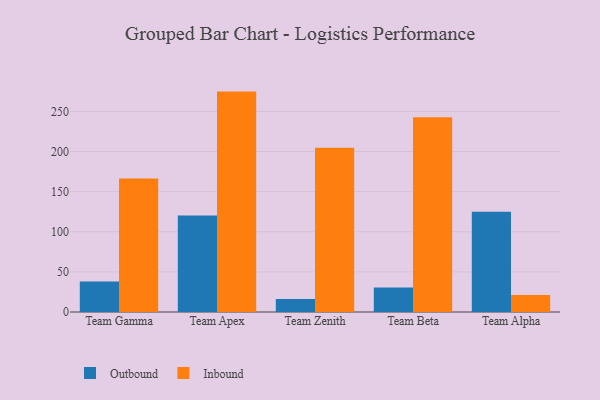
{"axis": {"x": "Team", "y": "Backlog"}, "legend": ["Inbound", "Outbound"], "data": [{"x": "Team Gamma", "y": 38.0, "type": "Outbound"}, {"x": "Team Gamma", "y": 166.3, "type": "Inbound"}, {"x": "Team Apex", "y": 120.3, "type": "Outbound"}, {"x": "Team Apex", "y": 274.7, "type": "Inbound"}, {"x": "Team Zenith", "y": 16.1, "type": "Outbound"}, {"x": "Team Zenith", "y": 204.8, "type": "Inbound"}, {"x": "Team Beta", "y": 30.4, "type": "Outbound"}, {"x": "Team Beta", "y": 242.8, "type": "Inbound"}, {"x": "Team Alpha", "y": 124.8, "type": "Outbound"}, {"x": "Team Alpha", "y": 21.1, "type": "Inbound"}]}